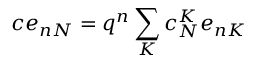
c e _ { n N } = q ^ { n } \sum _ { K } c _ { N } ^ { K } e _ { n K }